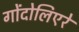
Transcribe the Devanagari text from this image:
गोंदोलिएरे